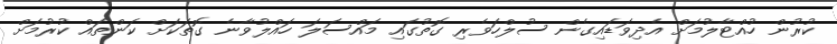
ކުރުން ހުއްޓާލުމަށް އެދިވަޑައިގެން ސުލްހަވެރި ގޮތުގައި މައްސަލަ ހައްލުވާނެ ގޮތަކަށް ކަންތައް ކުރުމަށް